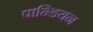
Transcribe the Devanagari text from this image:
पान्डियन